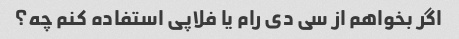
اگر بخواهم از سی دی رام یا فلاپی استفاده کنم چه؟